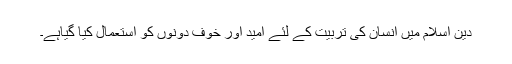
دینِ اسلام میں انسان کی تربیّت کے لئے امید اور خوف دونوں کو استعمال کیا گیاہے۔